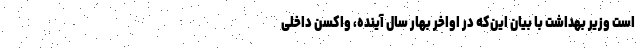
است وزیر بهداشت با بیان این‌‌که در اواخر بهار سال آینده، واکسن داخلی